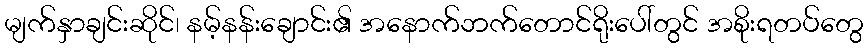
မျက်နှာချင်းဆိုင်၊ နမ့်နန်းချောင်း၏ အနောက်ဘက်တောင်ရိုးပေါ်တွင် အစိုးရတပ်တွေ